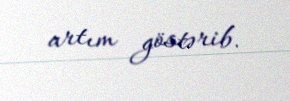
artım göstərib.